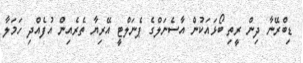
ޑިބްރޭނާ ދިން ރީތި ބޯޅައަކުން އާސެނަލްގެ ޕެނަލްޓީ އޭރިޔާ ތެރެއިން އުފެއްދި ހަމަލާ